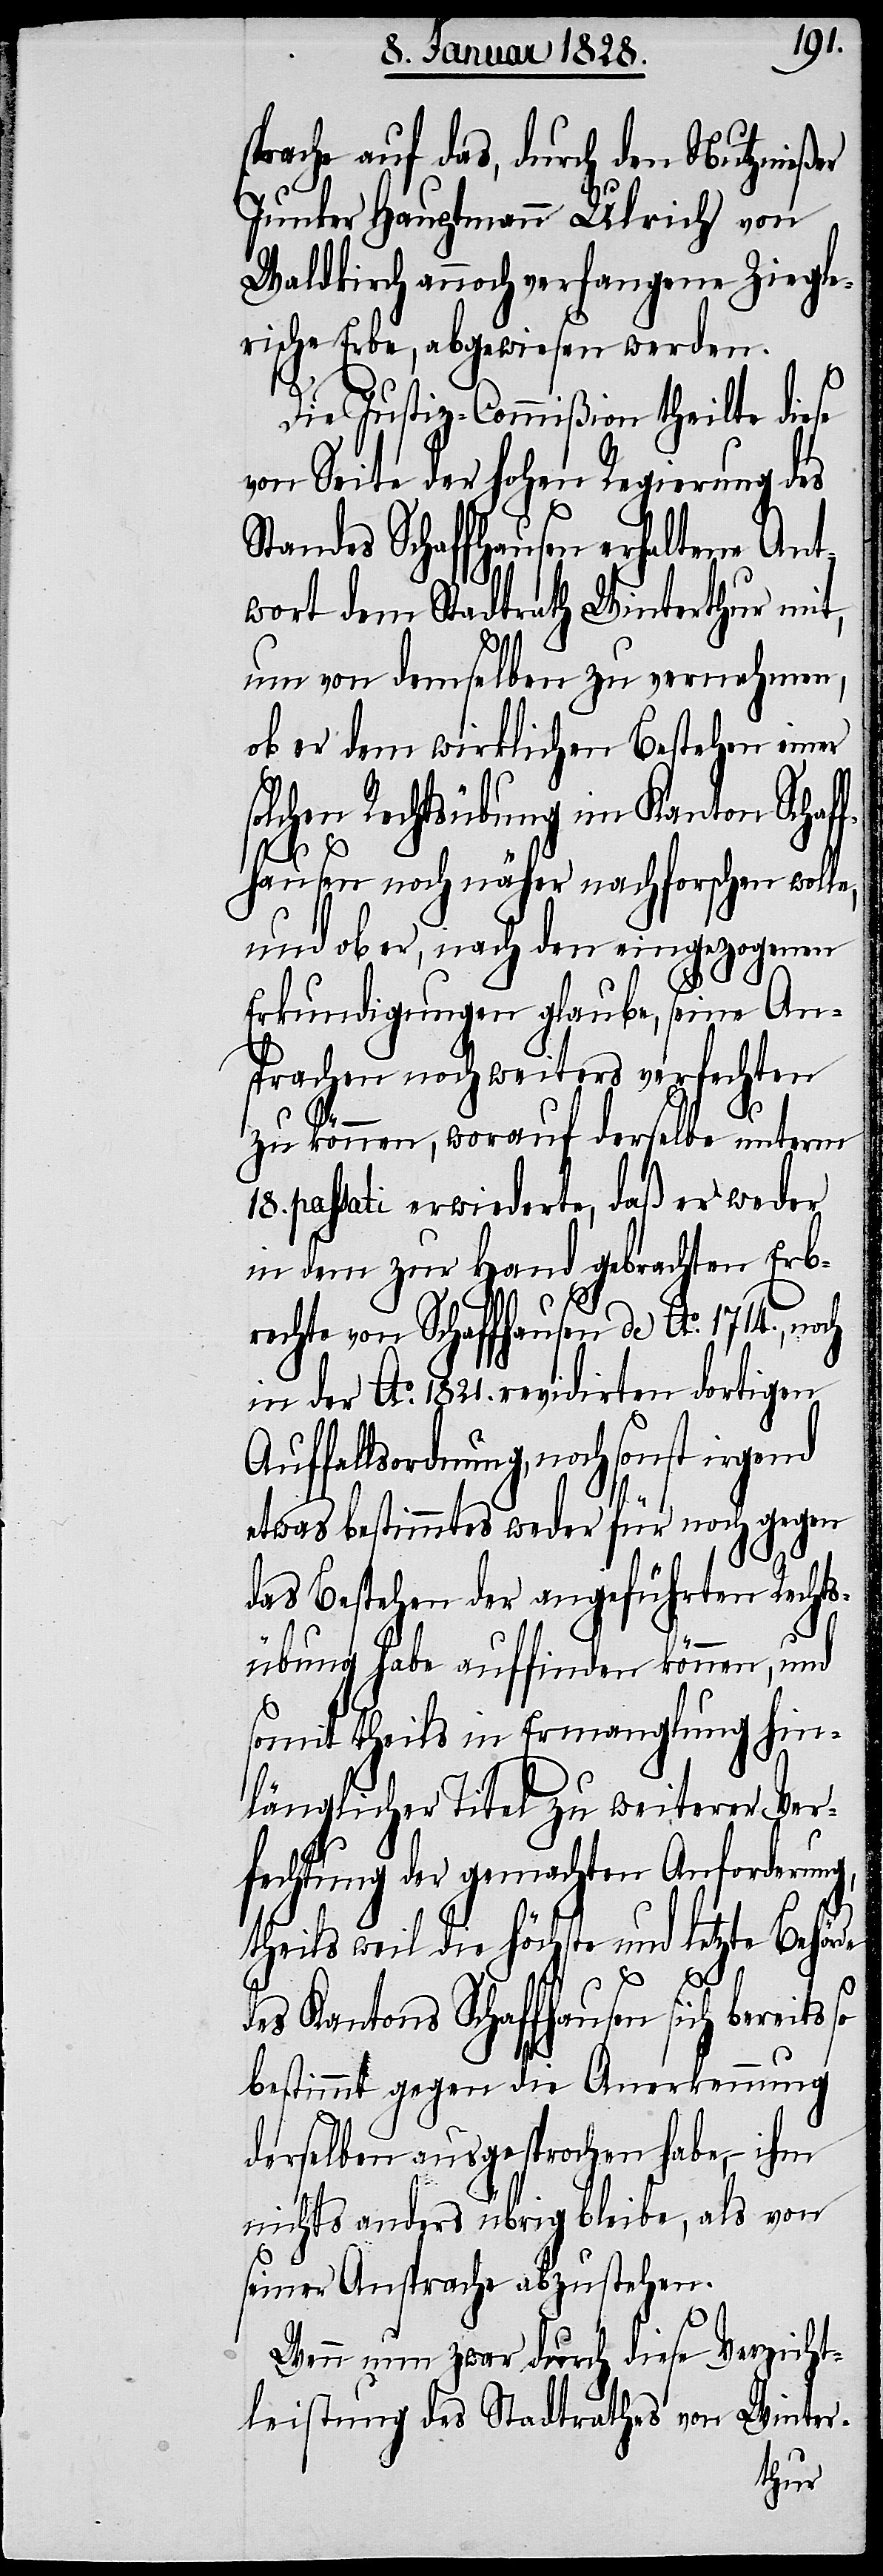
sprache auf das, durch den Nutznießer
Junker Hauptmann Ulrich von
Waldkirch annoch verfangene Ziegle¬
rische Erbe, abgewiesen werden.
Die Justiz-Commißion theilte diese
von Seite der hohen Regierung des
Standes Schaffhausen erhaltene Ant¬
wort dem Stadtraht Winterthur mit,
um von demselben zu vernehmen,
ob er dem wirklichen Bestehen einer
solchen Rechtsübung im Kanton Schaf¬
fhausen noch näher nachforschen wolle,
und ob er, nach den eingezogenen
Erkundigungen glaube, seine An¬
sprache noch weiters verfechten
zu können, worauf derselbe unterm
18. passati erwiederte, daß er weder
in dem zur Hand gebrachten Erb¬
rechte von Schaffhausen de Ao. 1714., noch
in der Ao. 1821. revidirten dortigen
Auffallsordnung, noch sonst irgend
etwas bestimmtes weder für noch gegen
das Bestehen der angeführten Rechts¬
übung habe auffinden können, und
somit theils in Ermanglung hin¬
länglicher Titel zu weiterer Ver¬
fechtung der gemachten Anforderung,
theils weil die höchste und letzte Behörde
des Kantons Schaffhausen sich bereits
bestimmt gegen die Anerkennung
derselben ausgesprochen habe, – ihm
nichts anders übrig bliebe, als von
seiner Ansprache abzustehen.
Wenn nun zwar durch diese Verzicht¬
leistung des Stadtraths von Winter-